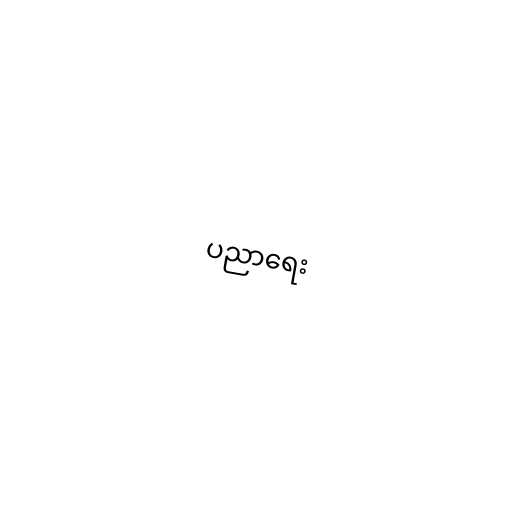
ပညာရေး